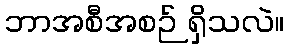
ဘာအစီအစဉ် ရှိသလဲ။